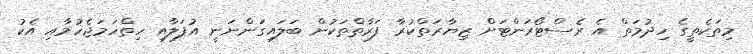
މިތަކެތީގެ ހިދުމަތް އެ ރެސްޓޯރަންޓަށް ޒިޔާރަތްކުރާ ފަރާތްތަކުން ބަލައިގަންނަނީ އުފަލާއި ހިތްހަމަޖެހުމާއި އެކު